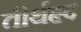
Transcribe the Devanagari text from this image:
तीर्थहृद